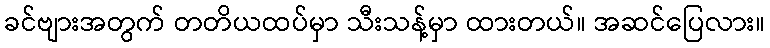
ခင်ဗျားအတွက် တတိယထပ်မှာ သီးသန့်မှာ ထားတယ်။ အဆင်ပြေလား။